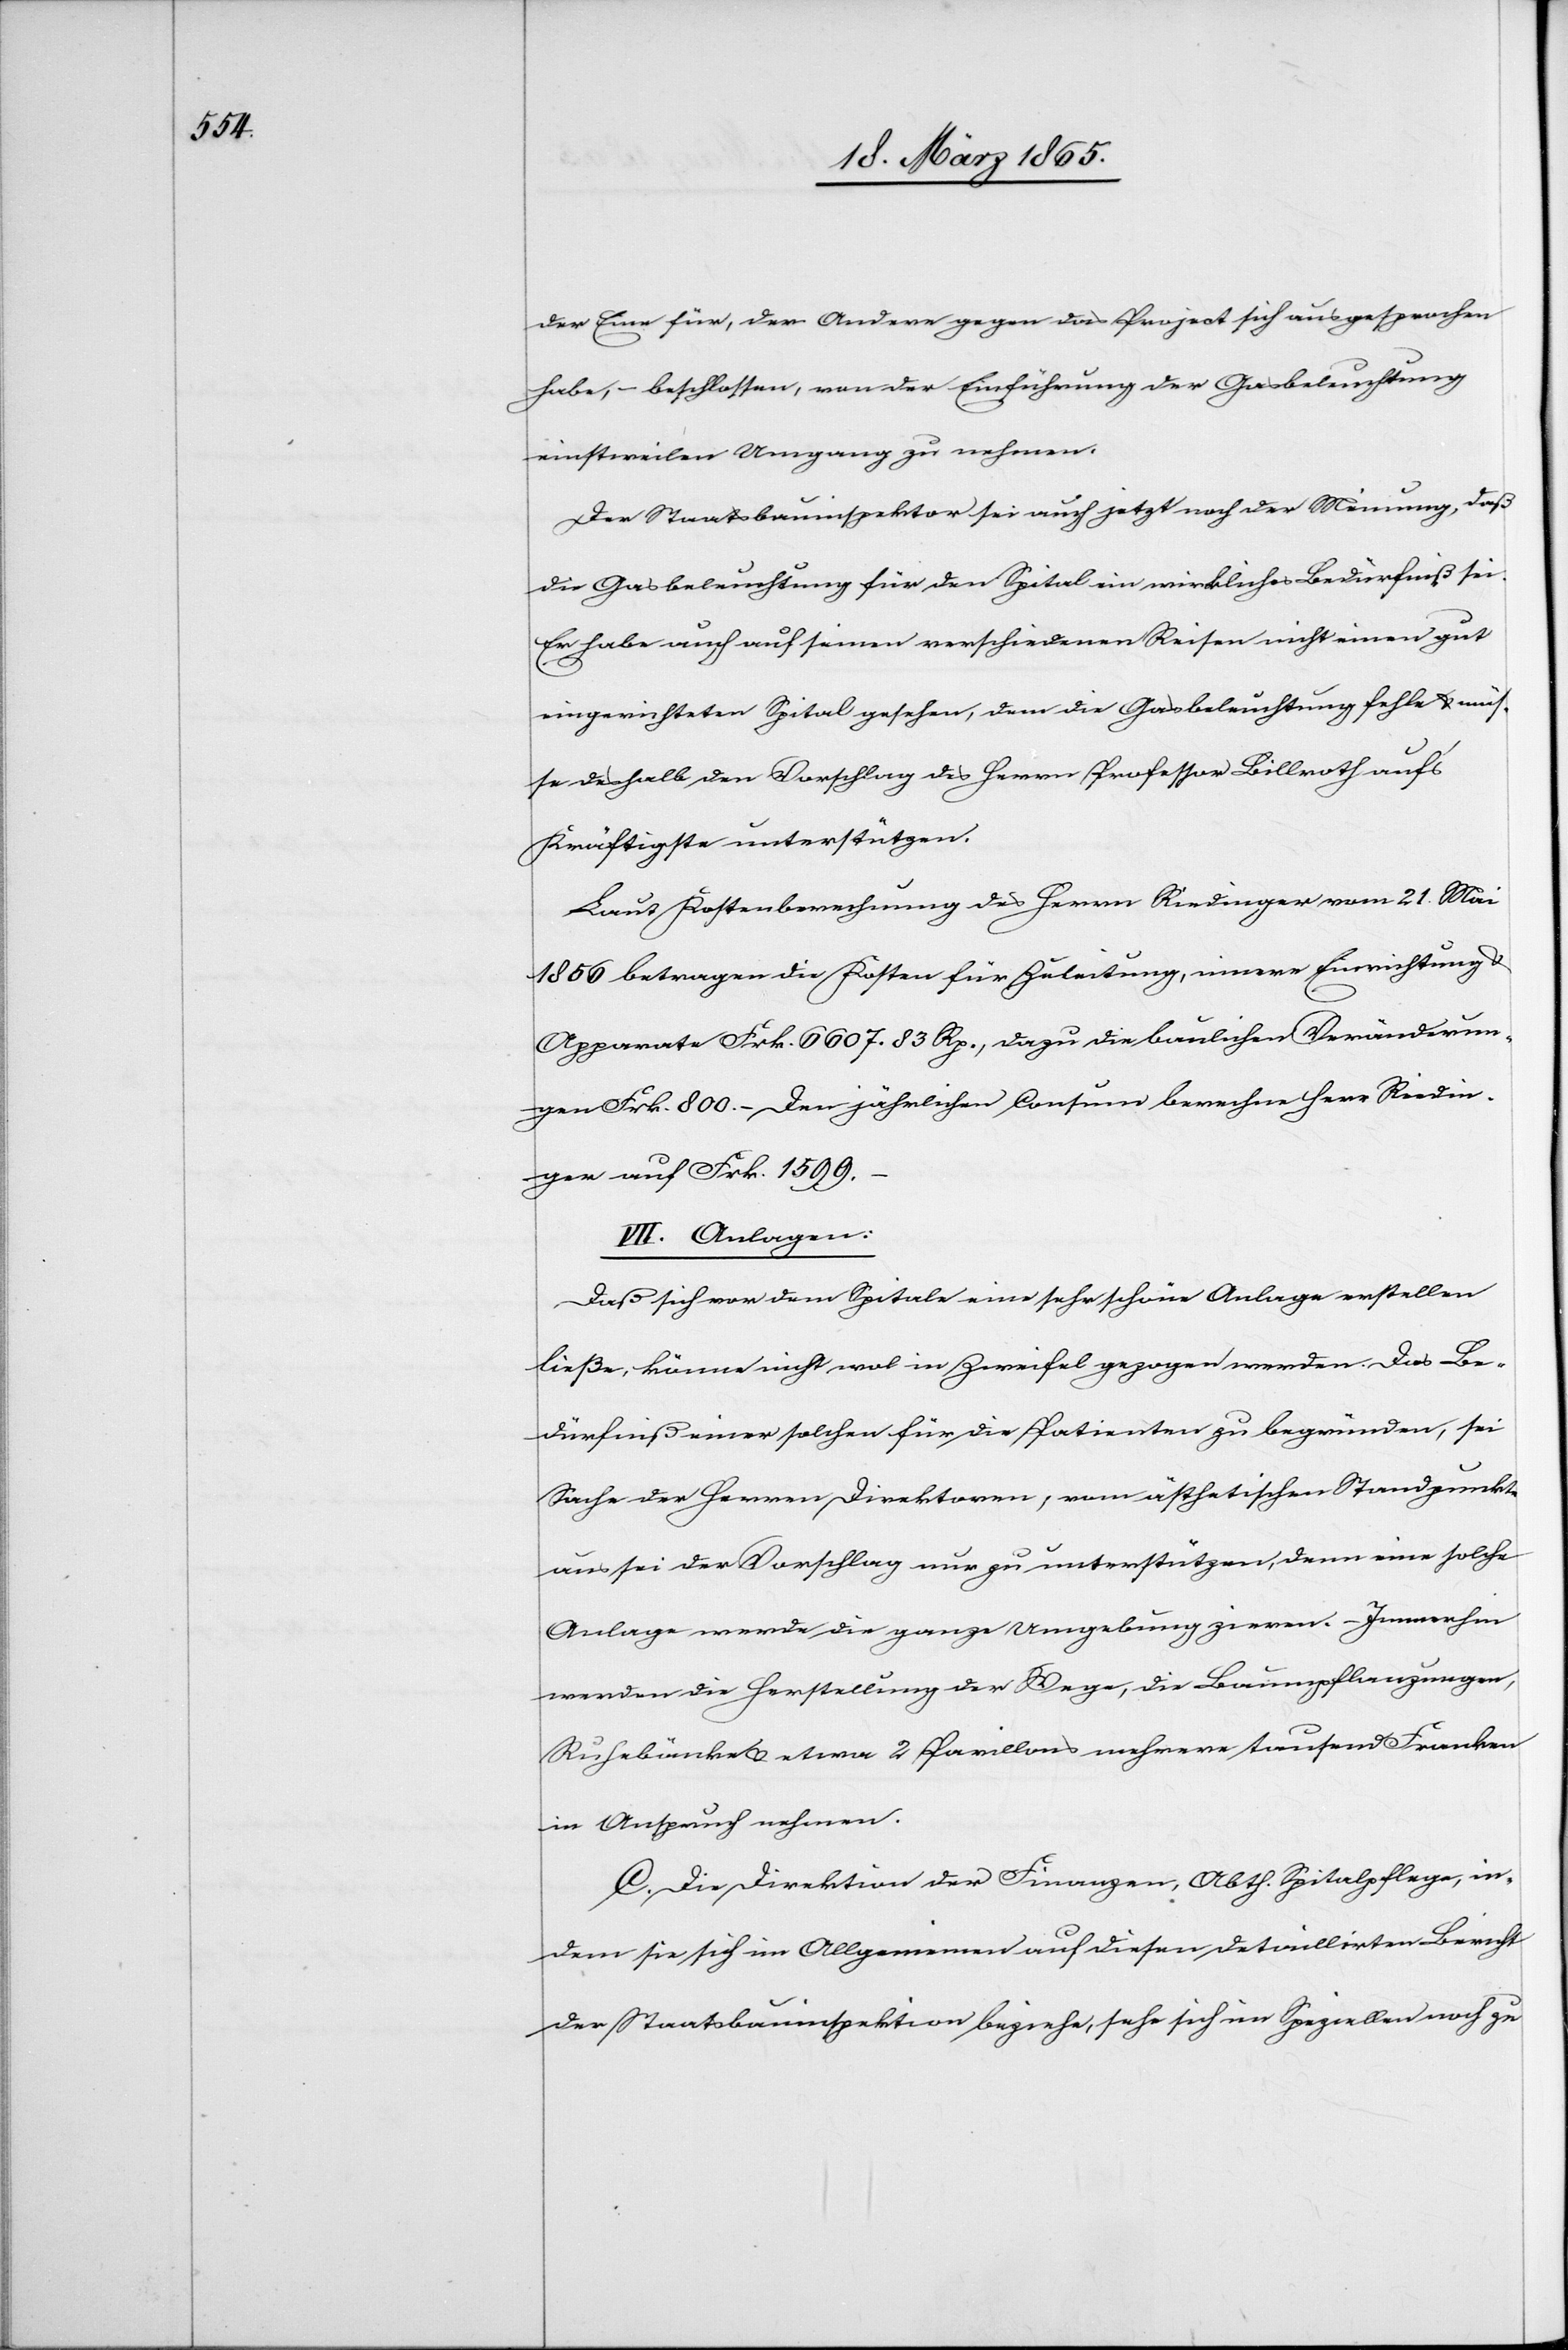
der Eine für, der Andere gegen das Project sich ausgesprochen
habe, – beschlossen, von der Einführung der Gasbeleuchtung
einstweilen Umgang zu nehmen.
Der Staatsbauinspektor sei auch jetzt noch der Meinung, daß
die Gasbeleuchtung für den Spital ein wirkliches Bedürfniß sei.
Er habe auch auf seinen verschiedenen Reisen nicht einen gut
eingerichteten Spital gesehen, dem die Gasbeleuchtung fehle & müs¬
se deshalb den Vorschlag des Herrn Professor Billroth auf’s
Kräftigste unterstützen.
Laut Kostenberechnung des Herrn Riedinger vom 21. Mai
1856 betragen die Kosten für Zuleitung, innere Einrichtung
Apparate Frk. 6607. 83 Rp., dazu die baulichen Veränderun¬
gen Frk. 800. Den jährlichen Consum berechne Herr Riedin¬
ger auf Frk. 1599.
VII. Anlagen.
Daß sich vor dem Spitale eine sehr schöne Anlage erstellen
ließe, könne nicht wol in Zweifel gezogen werden. Das Be¬
dürfniß einer solchen für die Patienten zu begründen, sei
Sache der Herren Direktoren, vom ästhetischen Standpunkte
aus sei der Vorschlag nur zu unterstützen, denn eine solche
Anlage werde die ganze Umgebung zieren. Immerhin
werden die Herstellung der Wege, die Baumpflanzungen,
Ruhebänke & etwa 2 Pavillons mehrere tausend Franken
in Anspruch nehmen.
C. Die Direktion der Finanzen, Abth. Spitalpflege, in¬
dem sie sich im Allgemeinen auf diesen detaillirten Bericht
der Staatsbauinspektion beziehe, sehe sich im Speziellen noch zu